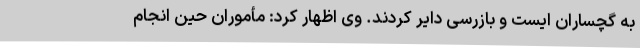
به گچساران ایست و بازرسی دایر کردند. وی اظهار کرد: مأموران حین انجام